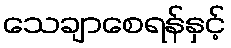
သေချာစေရန်နှင့်